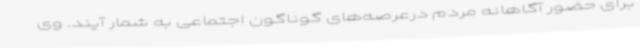
برای حضور آگاهانه مردم درعرصه‌های گوناگون اجتماعی به شمار آیند. وی